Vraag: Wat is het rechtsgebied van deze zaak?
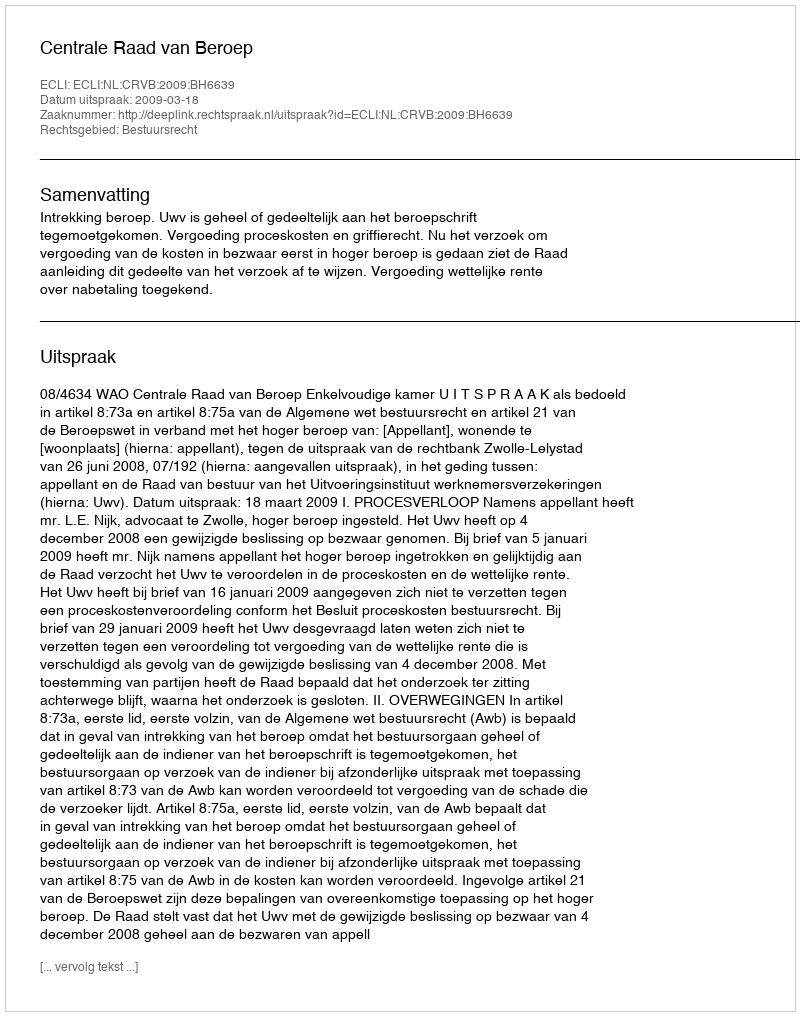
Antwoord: Bestuursrecht